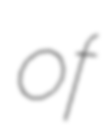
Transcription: of